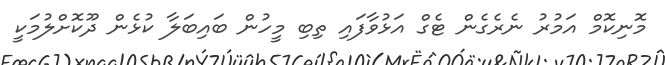
މޮނިކޮމް އަމުރު ނެރެގެން ޓެގް އަޅުވާފައި ތިބި މީހުން ބައިބަލާ ކުޅެން ދޫކޮށްލުމަކީ